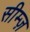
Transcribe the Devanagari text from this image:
सीम्ज़